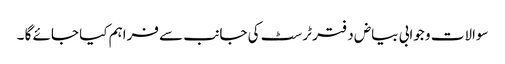
سوالات و جوابی بیاض دفتر ٹرسٹ کی جانب سے فراہم کیا جائے گا ۔